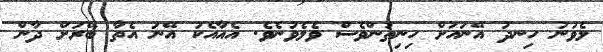
ލެވުނު ހިނދު އޭނައަށް ހިނިތުންވެސް ވެލެވުނެވެ. އެއާއެކު އޭނަ އެތާ ބޭރަށް ދާން